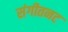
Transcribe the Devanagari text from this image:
संगीतनट